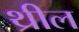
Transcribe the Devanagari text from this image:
थ्रील